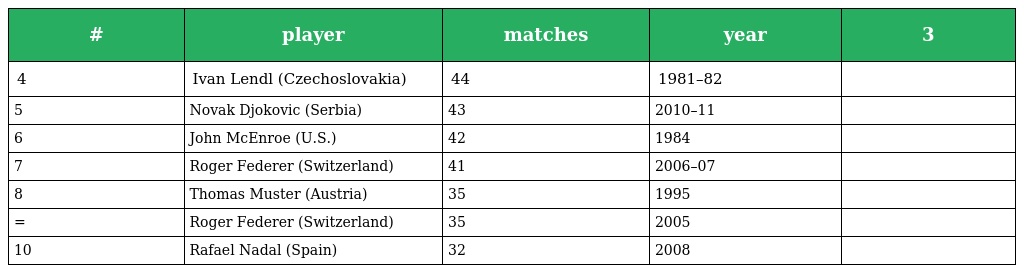
| # | player | matches | year | 3 |
 | --- | --- | --- | --- | --- |
 | 4 | Ivan Lendl (Czechoslovakia) | 44 | 1981–82 |  |
 | 5 | Novak Djokovic (Serbia) | 43 | 2010–11 |  |
 | 6 | John McEnroe (U.S.) | 42 | 1984 |  |
 | 7 | Roger Federer (Switzerland) | 41 | 2006–07 |  |
 | 8 | Thomas Muster (Austria) | 35 | 1995 |  |
 | = | Roger Federer (Switzerland) | 35 | 2005 |  |
 | 10 | Rafael Nadal (Spain) | 32 | 2008 |  |